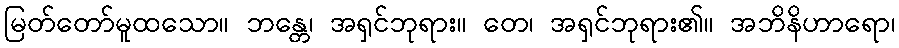
မြတ်တော်မူထသော။ ဘန္တေ၊ အရှင်ဘုရား။ တေ၊ အရှင်ဘုရား၏။ အဘိနိဟာရော၊